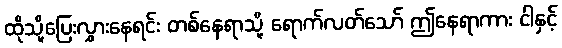
ထိုသို့ပြေးလွှားနေရင်း တစ်နေရာသို့ ရောက်လတ်သော် ဤနေရာကား ငါနှင့်